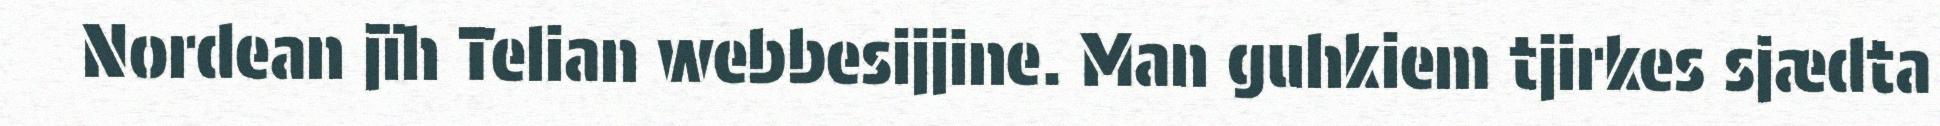
Nordean jïh Telian webbesijjine. Man guhkiem tjirkes sjædta